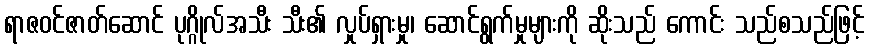
ရာဇဝင်ဇာတ်ဆောင် ပုဂ္ဂိုလ်အသီး သီး၏ လှုပ်ရှားမှု၊ ဆောင်ရွက်မှုများကို ဆိုးသည် ကောင်း သည်စသည်ဖြင့်